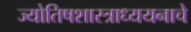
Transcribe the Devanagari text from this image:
ज्योतिषशास्त्राध्ययनाचे